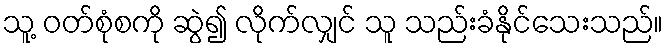
သူ့ ဝတ်စုံစကို ဆွဲ၍ လိုက်လျှင် သူ သည်းခံနိုင်သေးသည်။